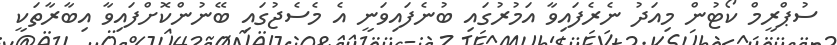
ސުޕްރީމް ކޯޓުން މިއަދު ނެރެފައިވާ އަމުރުގައި ބުނެފައިވަނީ އެ މެސެޖުގައި ބޭނުންކޮށްފައިވާ އިބާރާތަކީ